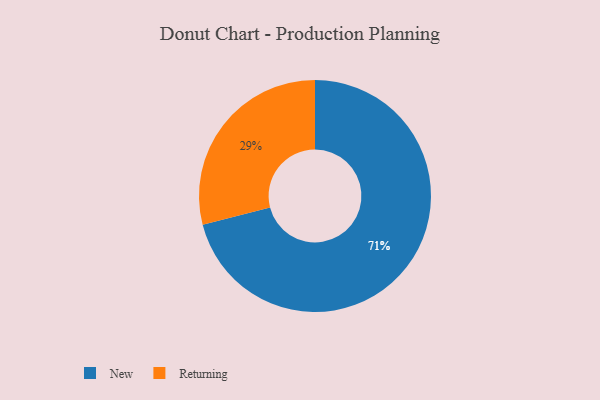
{"axis": {"x": "Category", "y": "Percentage"}, "legend": ["New", "Returning"], "data": [{"x": "Returning", "y": 29, "type": "Returning"}, {"x": "New", "y": 71, "type": "New"}]}